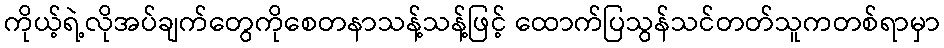
ကိုယ့်ရဲ့လိုအပ်ချက်တွေကိုစေတနာသန့်သန့်ဖြင့် ထောက်ပြသွန်သင်တတ်သူကတစ်ရာမှာ